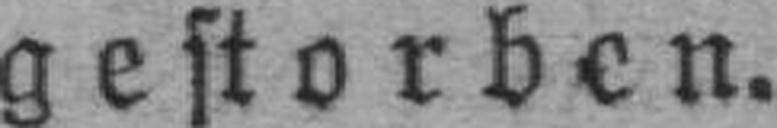
gestorben.